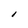
Character: l